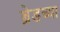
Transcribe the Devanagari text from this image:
ब्रेडच्या